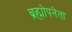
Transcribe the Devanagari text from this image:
ब्रह्मोपनेता